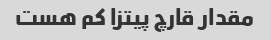
مقدار قارچ پیتزا کم هست